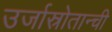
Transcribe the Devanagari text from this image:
उर्जास्रोतान्ची